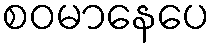
စဝမာနေပေ